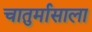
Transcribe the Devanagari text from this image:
चातुर्मासाला